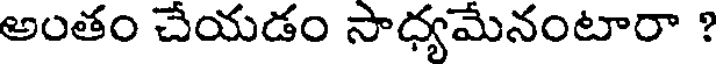
అంతం చేయడం సాధ్యమేనంటారా ?